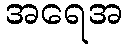
အရေအ